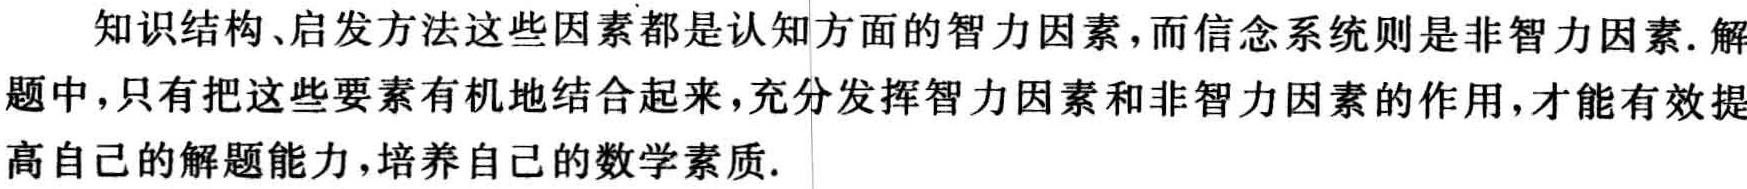
知识结构、启发方法这些因素都是认知方面的智力因素，而信念系统则是非智力因素. 解题中，只有把这些要素有机地结合起来，充分发挥智力因素和非智力因素的作用，才能有效提高自己的解题能力，培养自己的数学素质.